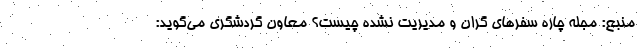
منبع: مجله چاره سفرهای گران و مدیریت نشده چیست؟ معاون گردشگری می‌گوید: